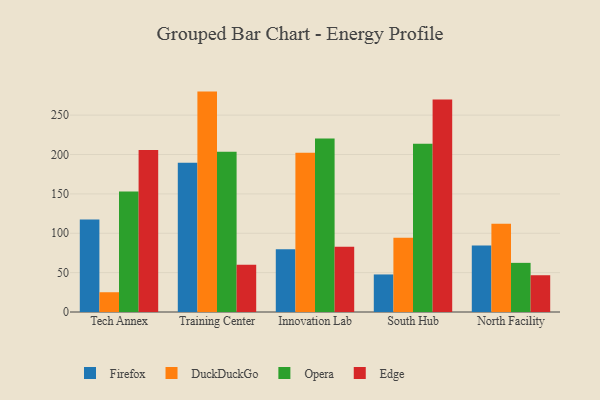
{"axis": {"x": "Campus", "y": "Market Share (%)"}, "legend": ["DuckDuckGo", "Edge", "Firefox", "Opera"], "data": [{"x": "Tech Annex", "y": 117.6, "type": "Firefox"}, {"x": "Tech Annex", "y": 25.1, "type": "DuckDuckGo"}, {"x": "Tech Annex", "y": 153.1, "type": "Opera"}, {"x": "Tech Annex", "y": 205.6, "type": "Edge"}, {"x": "Training Center", "y": 189.4, "type": "Firefox"}, {"x": "Training Center", "y": 279.9, "type": "DuckDuckGo"}, {"x": "Training Center", "y": 203.5, "type": "Opera"}, {"x": "Training Center", "y": 60.0, "type": "Edge"}, {"x": "Innovation Lab", "y": 79.8, "type": "Firefox"}, {"x": "Innovation Lab", "y": 202.1, "type": "DuckDuckGo"}, {"x": "Innovation Lab", "y": 220.2, "type": "Opera"}, {"x": "Innovation Lab", "y": 83.0, "type": "Edge"}, {"x": "South Hub", "y": 47.7, "type": "Firefox"}, {"x": "South Hub", "y": 94.3, "type": "DuckDuckGo"}, {"x": "South Hub", "y": 213.6, "type": "Opera"}, {"x": "South Hub", "y": 269.8, "type": "Edge"}, {"x": "North Facility", "y": 84.5, "type": "Firefox"}, {"x": "North Facility", "y": 112.1, "type": "DuckDuckGo"}, {"x": "North Facility", "y": 62.4, "type": "Opera"}, {"x": "North Facility", "y": 46.7, "type": "Edge"}]}